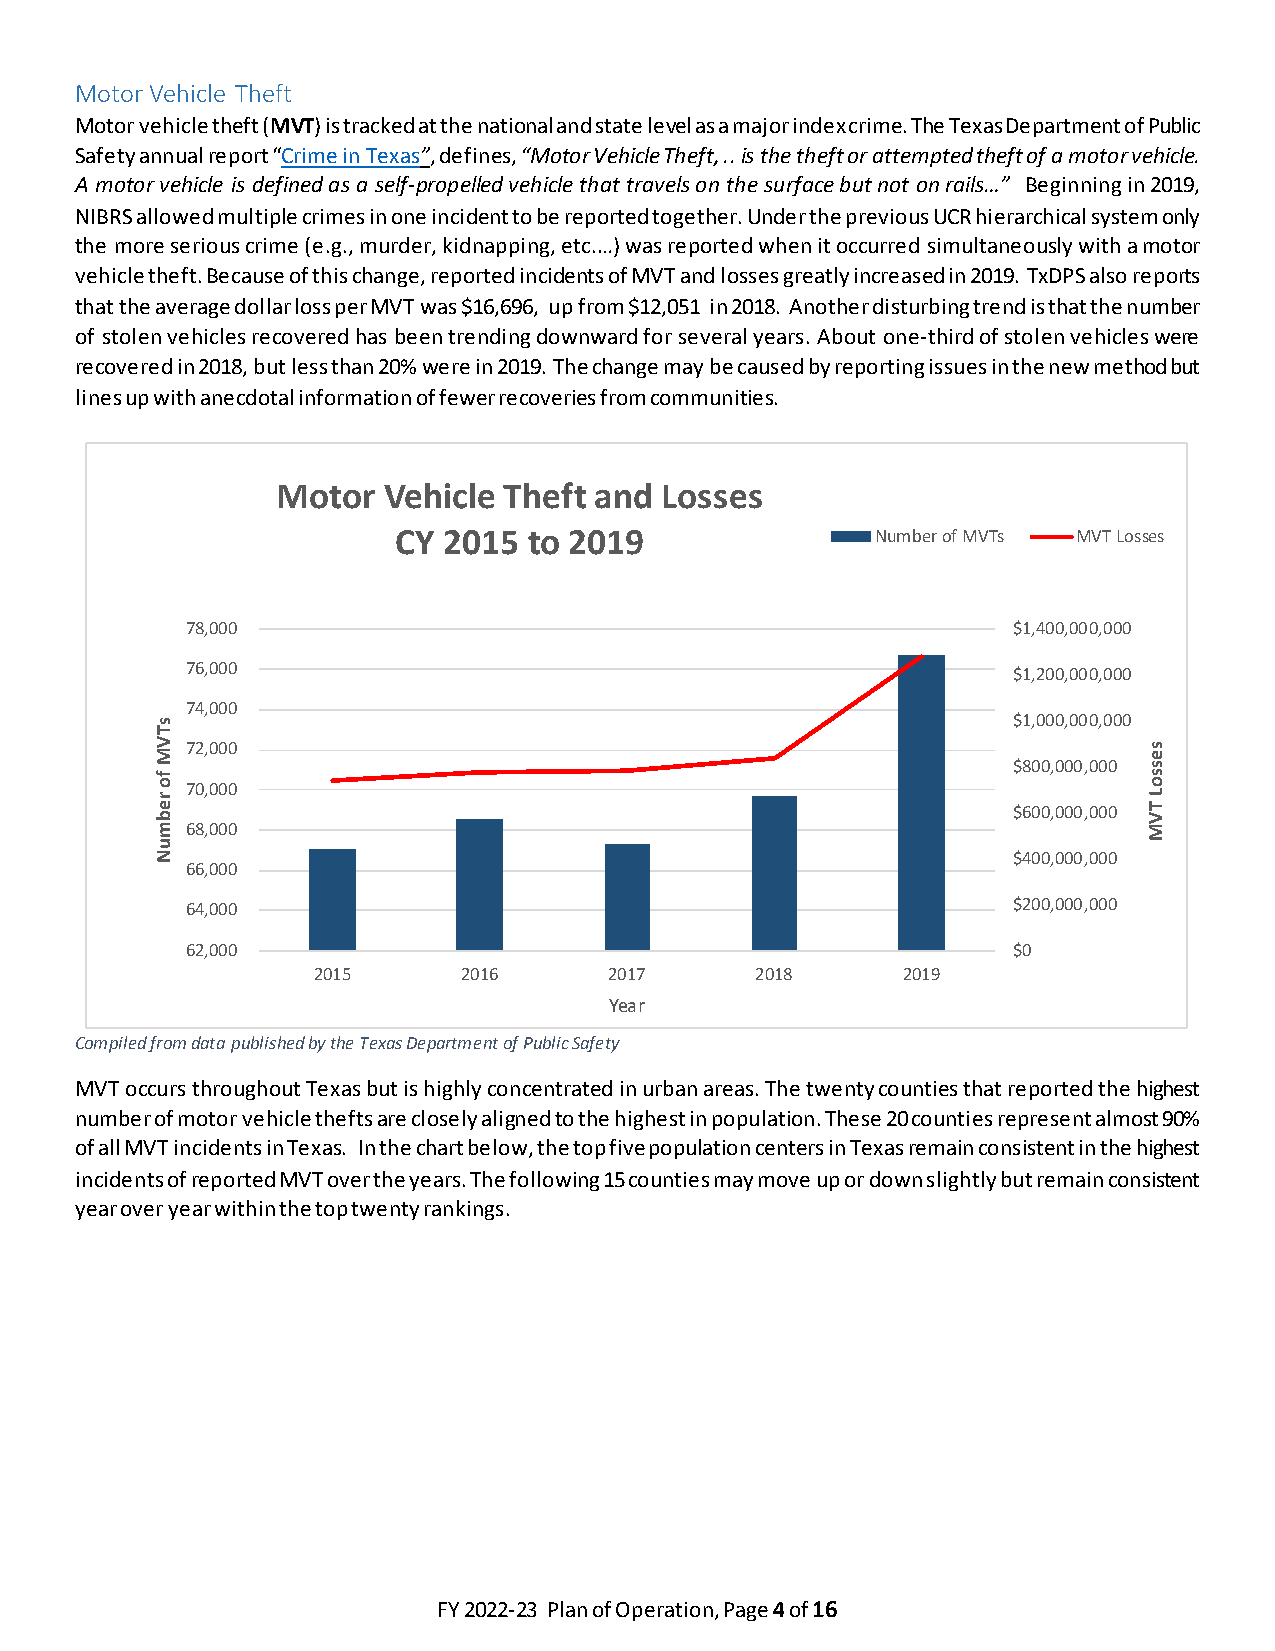
Motor Vehicle Theft
 Motor vehicle theft (MVT) is tracked at the national and state level as a major index crime. The Texas Department of Public
 Safety annual report “Crime in Texas”, defines, “Motor Vehicle Theft, .. is the theft or attempted theft of a motor vehicle.
 A motor vehicle is defined as a self-propelled vehicle that travels on the surface but not on rails…” Beginning in 2019,
 NIBRS allowed multiple crimes in one incident to be reported together. Under the previous UCR hierarchical system only
 the more serious crime (e.g., murder, kidnapping, etc.…) was reported when it occurred simultaneously with a motor
 vehicle theft. Because of this change, reported incidents of MVT and losses greatly increased in 2019. TxDPS also reports
 that the average dollar loss per MVT was $16,696, up from $12,051 in 2018. Another disturbing trend is that the number
 of stolen vehicles recovered has been trending downward for several years. About one-third of stolen vehicles were
 recovered in 2018, but less than 20% were in 2019. The change may be caused by reporting issues in the new method but
 lines up with anecdotal information of fewer recoveries from communities.
 Motor  Vehicle Theft and  Losses
 CY 2015  to 2019                Number of MVTs MVT Losses
 78,000                                                 $1,400,000,000
 76,000                                                 $1,200,000,000
 74,000
 $1,000,000,000
 72,000
 $800,000,000
 70,000
 $600,000,000
 68,000
 $400,000,000
 66,000
 64,000                                                 $200,000,000
 62,000                                                 $0
 2015      2016     2017      2018      2019
 Year
 Compiled from data published by the Texas Department of Public Safety
 MVT occurs throughout Texas but is highly concentrated in urban areas. The twenty counties that reported the highest
 number of motor vehicle thefts are closely aligned to the highest in population. These 20 counties represent almost 90%
 of all MVT incidents in Texas. In the chart below, the top five population centers in Texas remain consistent in the highest
 incidents of reported MVT over the years. The following 15 counties may move up or down slightly but remain consistent
 year over year within the top twenty rankings.
 FY 2022-23 Plan of Operation, Page 4 of 16
 sTVM
 fo
 rebmuN
 sessoL
 TVM